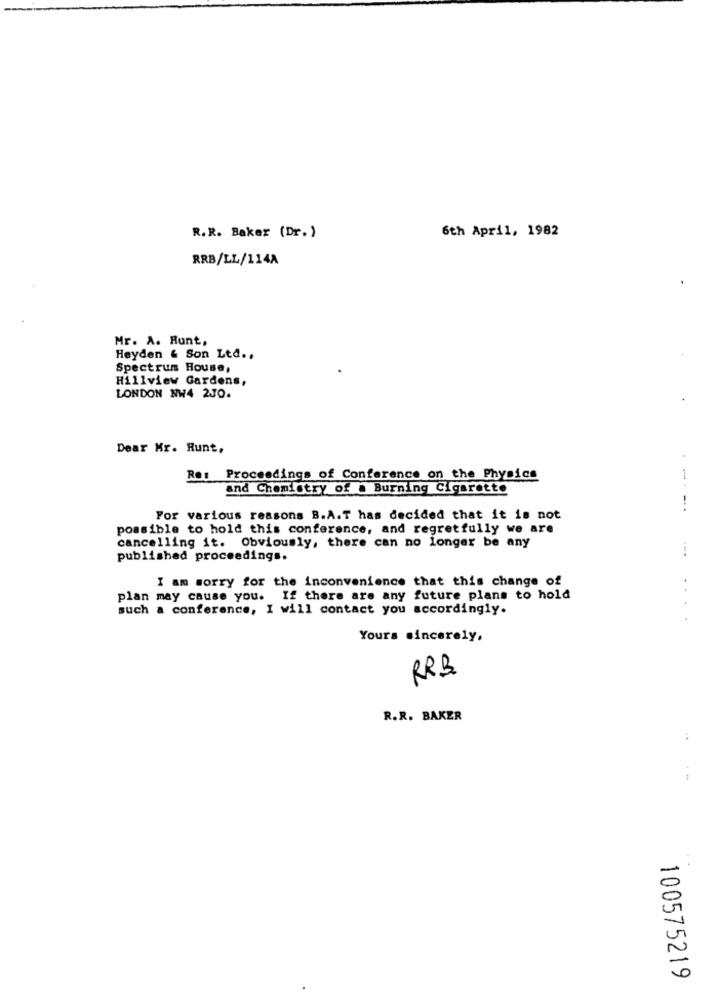
6th April, 1982
R.R. Baker (Dr.)
RRB/LL/114A
Mr. A. Runt,
Heyden & Son Ltd .,
Spectrum House,
Hillview Gardens,
LONDON NW4 2JO.
Dear Mr. Runt,
Re: Proceedings of Conference on the Physics
and Chemistry of a Burning Cigarette
-----
For various reasons B.A.T has decided that it is not
possible to hold this conference, and regretfully we are
cancelling it. Obviously, there can no longer be any
published proceedings.
I am sorry for the inconvenience that this change of
plan may cause you. If there are any future plans to hold
such a conference, I will contact you accordingly.
.. .
Yours sincerely,
RRB
R.R. BAKER
-
0
100575219